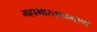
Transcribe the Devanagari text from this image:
महाभारताप्रमाणे